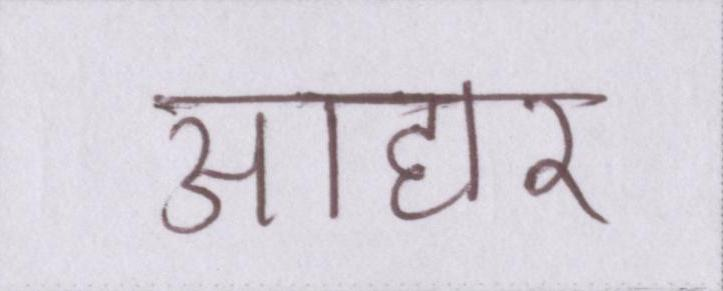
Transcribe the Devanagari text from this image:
आहार